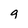
Character: g